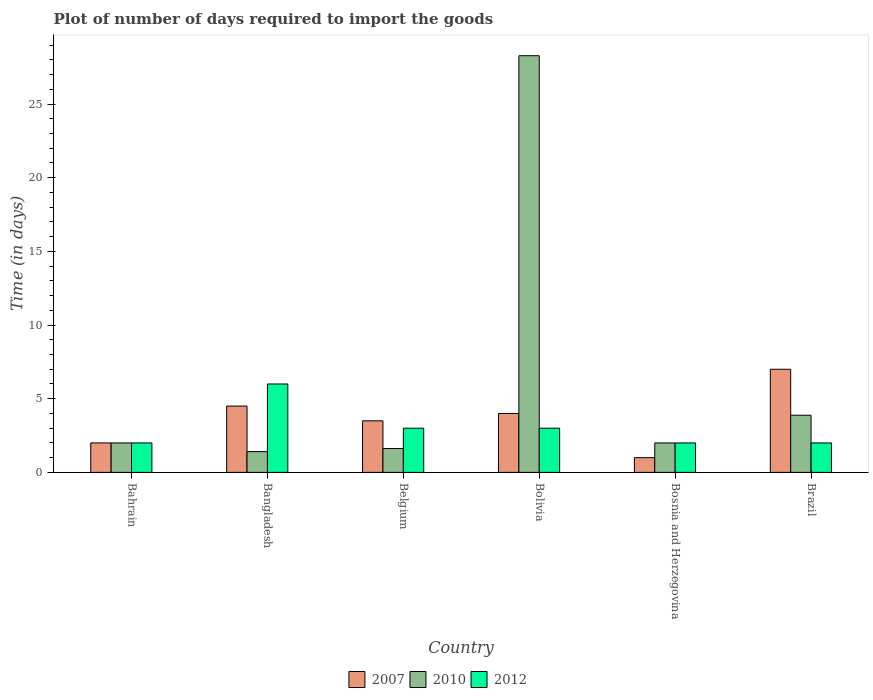
| Country | 2007 | 2010 | 2012 |
 | --- | --- | --- | --- |
 | Bahrain | 2 | 2 | 2 |
 | Bangladesh | 4.5 | 1.41 | 6 |
 | Belgium | 3.5 | 1.62 | 3 |
 | Bolivia | 4 | 28.3 | 3 |
 | Bosnia and Herzegovina | 1 | 2 | 2 |
 | Brazil | 7 | 3.88 | 2 |